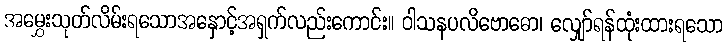
အမွှေးသုတ်လိမ်းရသောအနှောင့်အရှက်လည်းကောင်း။ ဝါသနပလိဗောဓော၊ လျှော်ရန်ထုံးထားရသော